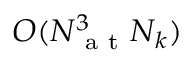
O ( N _ { \mathrm { ~ a ~ t ~ } } ^ { 3 } N _ { k } )